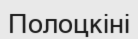
Полоцкіні